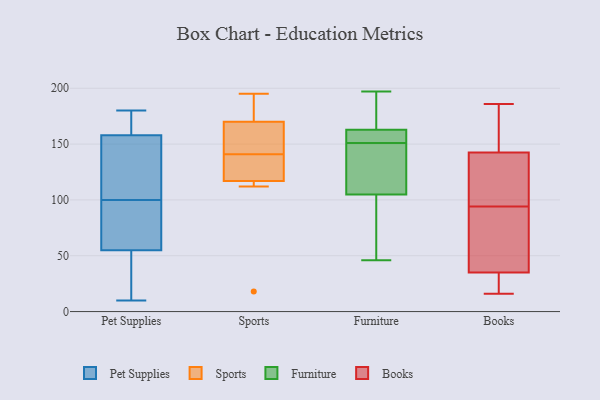
{"axis": {"x": "Latency (ms)", "y": "Value"}, "legend": ["Books", "Furniture", "Pet Supplies", "Sports"], "data": [{"x": "", "y": 170, "type": "Pet Supplies"}, {"x": "", "y": 18, "type": "Pet Supplies"}, {"x": "", "y": 118, "type": "Pet Supplies"}, {"x": "", "y": 158, "type": "Pet Supplies"}, {"x": "", "y": 93, "type": "Pet Supplies"}, {"x": "", "y": 46, "type": "Pet Supplies"}, {"x": "", "y": 67, "type": "Pet Supplies"}, {"x": "", "y": 153, "type": "Pet Supplies"}, {"x": "", "y": 107, "type": "Pet Supplies"}, {"x": "", "y": 55, "type": "Pet Supplies"}, {"x": "", "y": 180, "type": "Pet Supplies"}, {"x": "", "y": 86, "type": "Pet Supplies"}, {"x": "", "y": 10, "type": "Pet Supplies"}, {"x": "", "y": 161, "type": "Pet Supplies"}, {"x": "", "y": 175, "type": "Sports"}, {"x": "", "y": 18, "type": "Sports"}, {"x": "", "y": 168, "type": "Sports"}, {"x": "", "y": 112, "type": "Sports"}, {"x": "", "y": 170, "type": "Sports"}, {"x": "", "y": 117, "type": "Sports"}, {"x": "", "y": 130, "type": "Sports"}, {"x": "", "y": 135, "type": "Sports"}, {"x": "", "y": 147, "type": "Sports"}, {"x": "", "y": 195, "type": "Sports"}, {"x": "", "y": 175, "type": "Furniture"}, {"x": "", "y": 122, "type": "Furniture"}, {"x": "", "y": 83, "type": "Furniture"}, {"x": "", "y": 197, "type": "Furniture"}, {"x": "", "y": 132, "type": "Furniture"}, {"x": "", "y": 46, "type": "Furniture"}, {"x": "", "y": 164, "type": "Furniture"}, {"x": "", "y": 152, "type": "Furniture"}, {"x": "", "y": 151, "type": "Furniture"}, {"x": "", "y": 159, "type": "Furniture"}, {"x": "", "y": 99, "type": "Furniture"}, {"x": "", "y": 64, "type": "Books"}, {"x": "", "y": 186, "type": "Books"}, {"x": "", "y": 53, "type": "Books"}, {"x": "", "y": 135, "type": "Books"}, {"x": "", "y": 164, "type": "Books"}, {"x": "", "y": 44, "type": "Books"}, {"x": "", "y": 145, "type": "Books"}, {"x": "", "y": 21, "type": "Books"}, {"x": "", "y": 164, "type": "Books"}, {"x": "", "y": 95, "type": "Books"}, {"x": "", "y": 114, "type": "Books"}, {"x": "", "y": 38, "type": "Books"}, {"x": "", "y": 94, "type": "Books"}, {"x": "", "y": 129, "type": "Books"}, {"x": "", "y": 29, "type": "Books"}, {"x": "", "y": 158, "type": "Books"}, {"x": "", "y": 24, "type": "Books"}, {"x": "", "y": 34, "type": "Books"}, {"x": "", "y": 16, "type": "Books"}]}